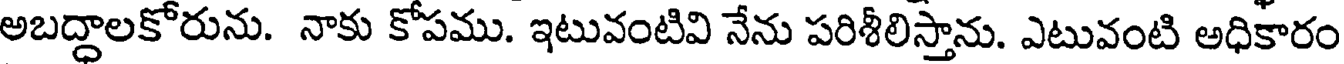
అబద్ధాలకోరును. నాకు కోపము. ఇటువంటివి నేను పరిశీలిస్తాను. ఎటువంటి అధికారం